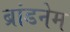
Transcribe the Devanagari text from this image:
ब्रांडनेम